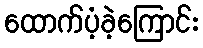
ထောက်ပံ့ခဲ့ကြောင်း